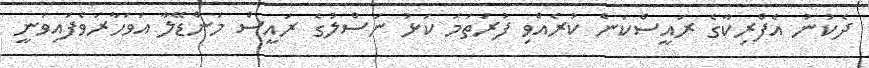
ދެކުނު އެފްރިކާގެ ރައީސްކަން ކުރެއްވި ފުރަތަމަ ކަޅު ނަސްލުގެ ރައީސް މަންޑޭލާ އަވަހާރަވެފައިވަނީ